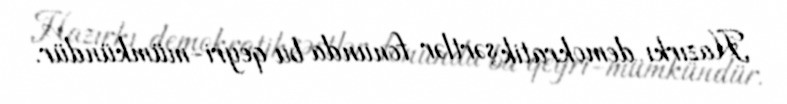
Hazırkı demokratik şərtlər fonunda bu qeyri-mümkündür.